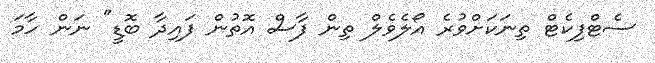
ސެޓްފިކެޓް ތިނަކަށްވުރެ އޯލެވެލް ތިން ފާސް އޮތުން ފައިދާ ބޮޑީ" ނަން ހާމަ